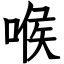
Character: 喉